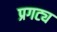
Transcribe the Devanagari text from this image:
प्रगट्य